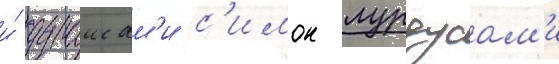
и́ дураисам'и с'имон лурдусам'и